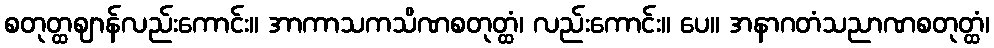
စတုတ္ထဈာန်လည်းကောင်း။ အာကာသကသိဏစတုတ္ထံ၊ လည်းကောင်း။ ပေ။ အနာဂတံသညာဏစတုတ္ထံ၊